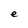
Character: e